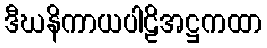
ဒီဃနိကာယပါဠိအဋ္ဌကထာ